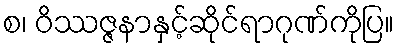
စ၊ ဝိဿဇ္ဇနာနှင့်ဆိုင်ရာဂုဏ်ကိုပြ။